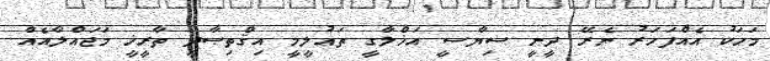
މަހަކު އެއްފަހަރު ނެރޭ ދީނީ ސިޔާސީ އަޚްލާގީ ތަޢުލީމީ އިޤްތިޞާދީ ތާރީޚީ މަޖައްލާއެއް